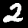
Label: 2